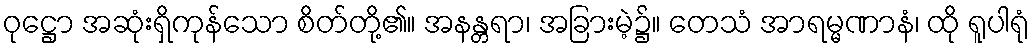
ဝုဋ္ဌော အဆုံးရှိကုန်သော စိတ်တို့၏။ အနန္တရာ၊ အခြားမဲ့၌။ တေသံ အာရမ္မဏာနံ၊ ထို ရူပါရုံ